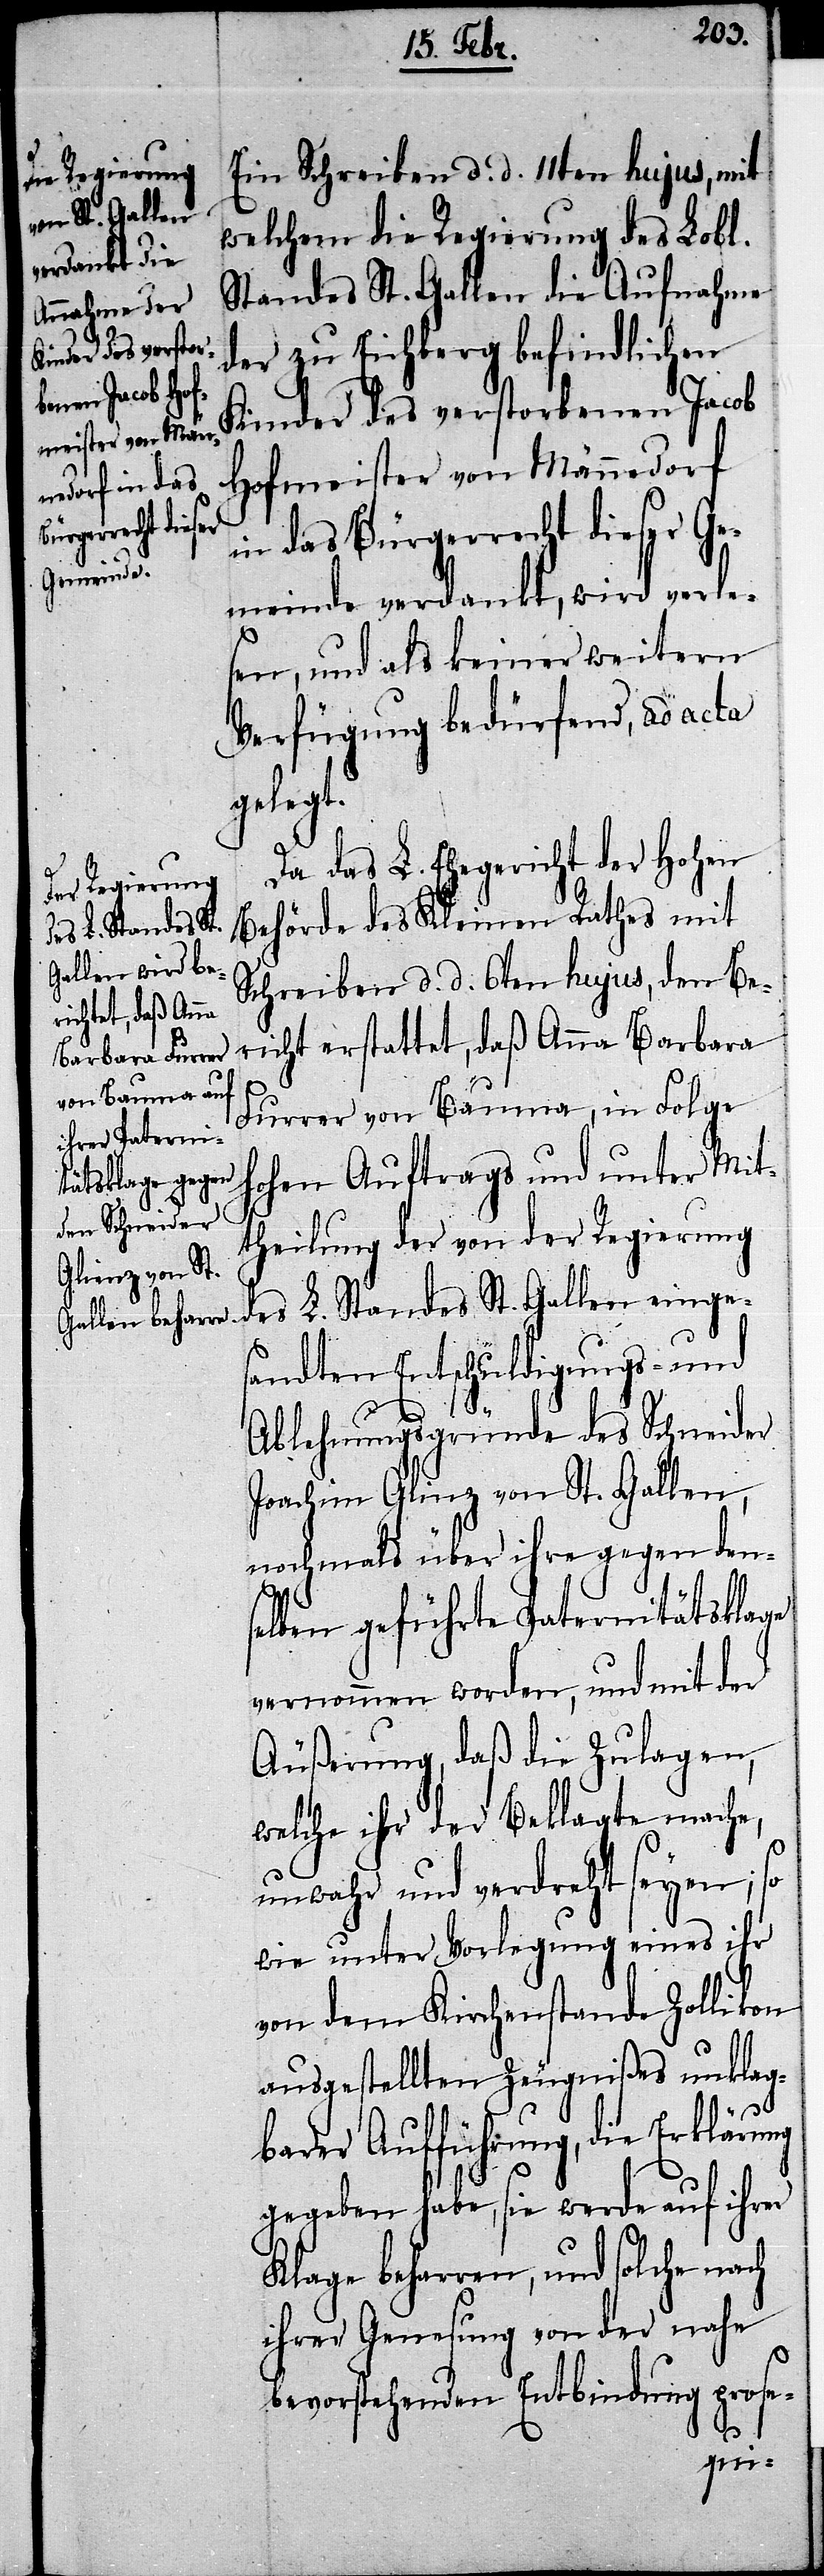
von St. Gallen,

Ein Schreiben d. d. 11ten hujus, mit
welchem die Regierung des Lobl.
Standes St. Gallen die Aufnahme
der zu Eichberg befindlichen
Kinder des verstorbenen Jacob
Hofmeister von Männedorf
in das Bürgerrecht dieser Ge¬
meinde verdankt, wird verle¬
sen, und als keiner weitern
Verfügung bedürfend, ad acta
gelegt.
Da das L. Ehegericht der Hohen
Behörde des Kleinen Rathes mit
Schreiben d. d. 6ten hujus, den Be¬
richt erstattet, daß Anna Barbara
Furrer von Bauma, in Folge
hohen Auftrags und unter Mit¬
theilung der von der Regierung
des L. Standes St. Gallen einge¬
sandten Entschuldigungs- und
Ablehnungsgründe des Schneider
nochmals über ihre gegen den¬
selben geführte Paternitätsklage
vernommen worden, und mit der
Äußerung, daß die Zulagen,
welche ihr der Beklagte mache,
unwahr und verdreht seyen; so
wie unter Vorlegung eines ihr
von dem Kirchenstande Zollikon
ausgestellten Zeugnißes unklag¬
barer Aufführung, die Erklärung
gegeben habe, sie werde auf ihrer
Klage beharren, und solche nach
ihrer Genesung von der nahe
bevorstehenden Entbindung prose-